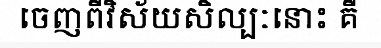
ចេញពីវិស័យសិល្បៈនោះ គឺ